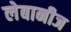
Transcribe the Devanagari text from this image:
लेबानीज